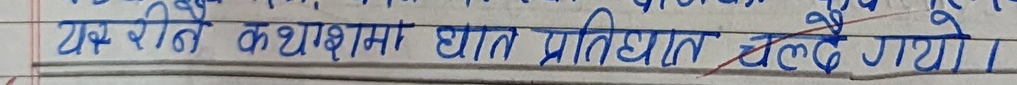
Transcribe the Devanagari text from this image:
यह रीने कथामा धात प्रतिधान चल्दे गए।